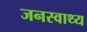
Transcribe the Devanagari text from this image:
जनस्वाथ्य